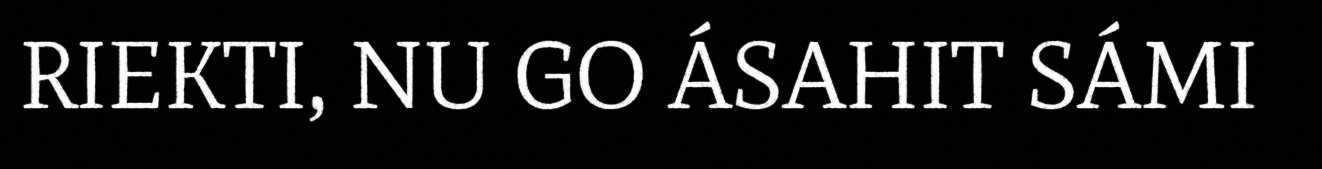
RIEKTI, NU GO ÁSAHIT SÁMI